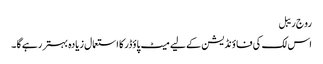
رو ج ریبل
اس لک کی فا ؤنڈیشن کے لیے میٹ پاؤڈر کا استعمال زیادہ بہتر رہے گا ۔